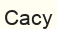
Сасу